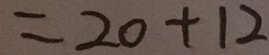
= 2 0 + 1 2